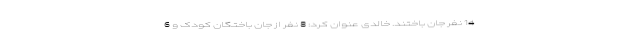
14 نفر جان باختند. خالدی عنوان کرد: 8 نفر از جان باختگان کودک و 6